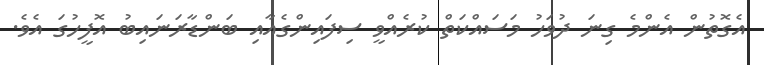
އެގޮތުން އެންމެ ގިނަ ދުވަހު މަސައްކަތް ކުރެއްވީ ސިފައިންގެއާއި ބަންޑާރަނައިބު އޮފީހުގަ އެވެ.